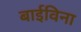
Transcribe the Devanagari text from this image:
बाईविना